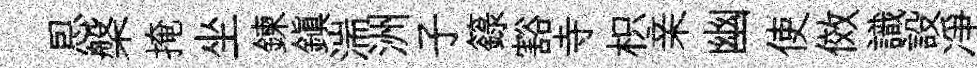
㤙槃掩坐鍊鎭湍洲子籙豁寺枳亲幽使傚識設凈